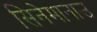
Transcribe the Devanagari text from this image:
सिनेमानाउ